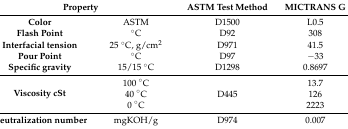
| <COLSPAN=2> Property | ASTM Test Method | MICTRANS G |
 | --- | --- | --- | --- |
 | Color | ASTM | D1500 | L0.5 |
 | Flash Point | °C | D92 | 308 |
 | Interfacial tension | 25 °C, g/cm2 | D971 | 41.5 |
 | Pour Point | °C | D97 | −33 |
 | Specific gravity | 15/15 °C | D1298 | 0.8697 |
 | <ROWSPAN=3> Viscosity cSt | 100 °C | <ROWSPAN=3> D445 | 13.7 |
 | 40 °C | 126 |
 | 0 °C | 2223 |
 | Neutralization number | mgKOH/g | D974 | 0.007 |